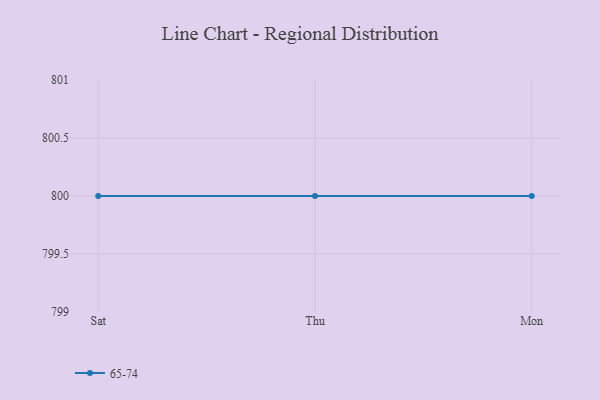
{"axis": {"x": "Day", "y": "Temperature (°C)"}, "legend": ["65-74"], "data": [{"x": "Sat", "y": 800, "type": "65-74"}, {"x": "Thu", "y": 800, "type": "65-74"}, {"x": "Mon", "y": 800, "type": "65-74"}]}